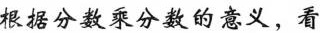
根据分数乘分数的意义，看